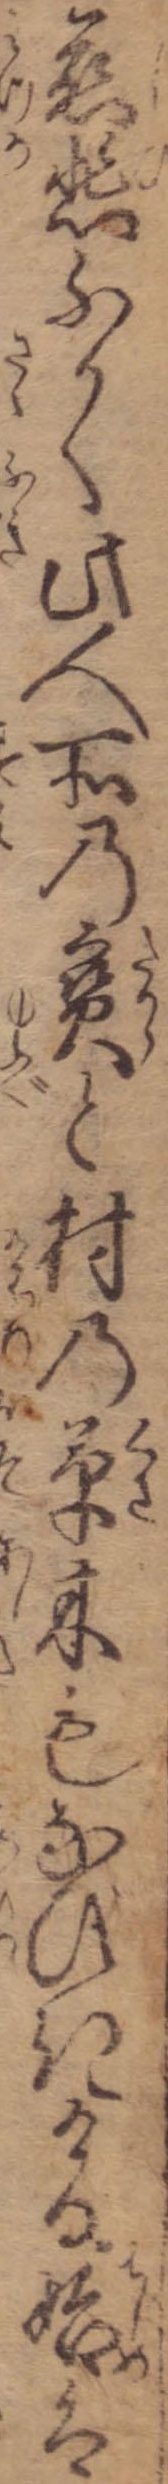
慈悲ふかく此人所の宝と村の草木もなびきける始は